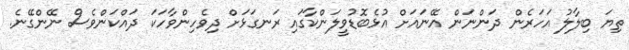
ތިޔަ ބިލާލު އަހަރެން ދަންނަން އޭނައަށް އުޅެބޮޑުވީލަންކާގައި ރަނގަޅަށް ދިވެހިންވާހަކަ ދައްކަންވެސް ނޭންގޭނެ.